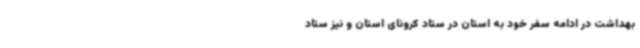
بهداشت در ادامه سفر خود به استان در ستاد کرونای استان و نیز ستاد